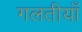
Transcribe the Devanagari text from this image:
गलतीयाँ